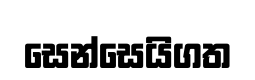
සෙන්සෙයිගත